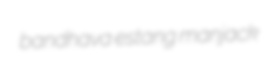
bandhava estang manjack